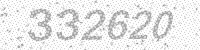
Solution: 332620